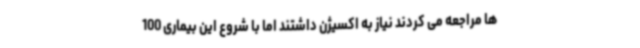
ها مراجعه می کردند نیاز به اکسیژن داشتند اما با شروع این بیماری 100